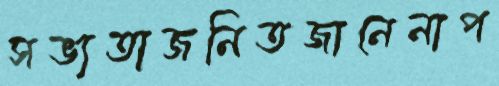
সভ্যতাজনিতজানেনাপ